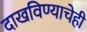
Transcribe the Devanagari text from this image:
दाखविण्याचेही